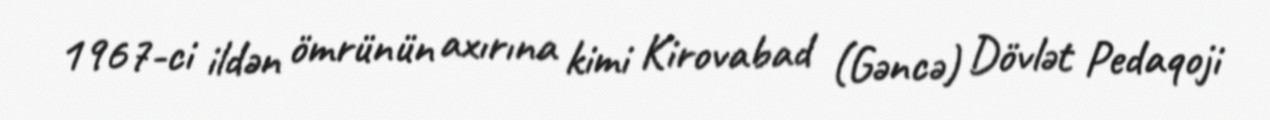
1967-ci ildən ömrünün axırına kimi Kirovabad (Gəncə) Dövlət Pedaqoji